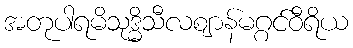
အတုပါရမိသုဒ္ဓိသီလဈာန်မဂ္ဂင်ဝီရိယ